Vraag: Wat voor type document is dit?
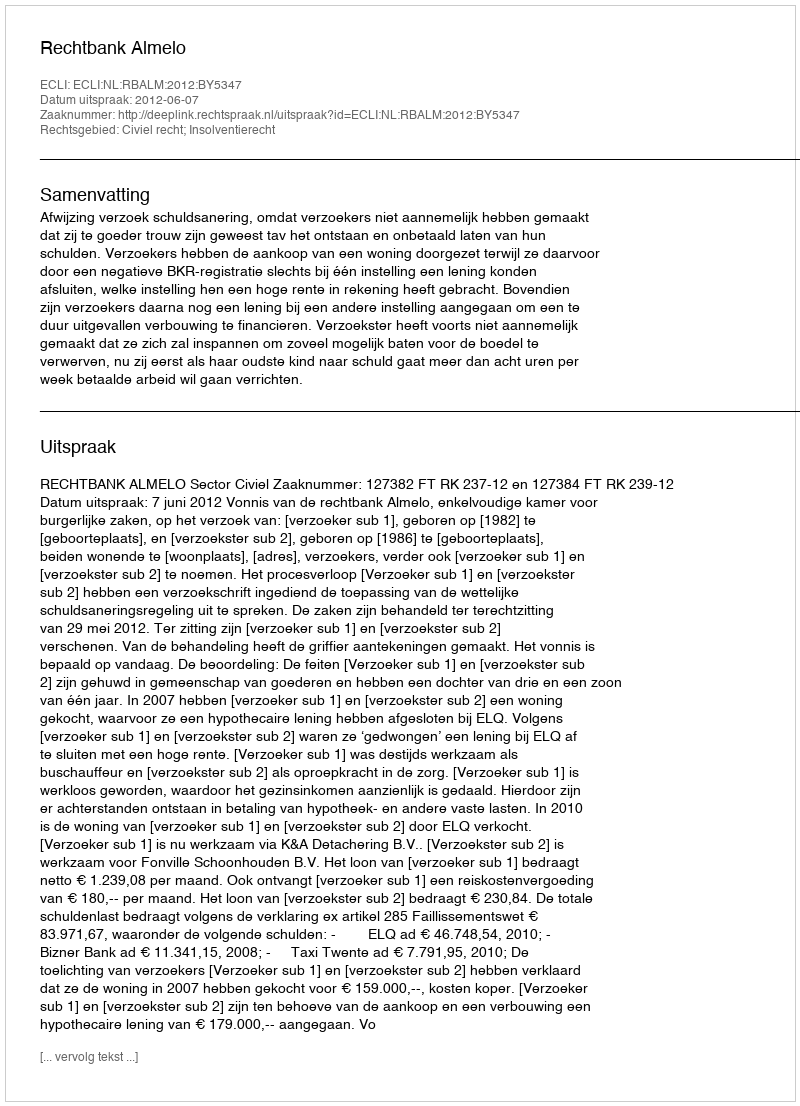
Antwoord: Uitspraak